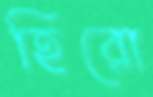
হিরো